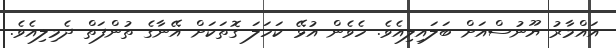
އައްމާރު ޔޫނުސްއަށް ބަލައިލިއެވެ. ހެވެން އުޅޭ ކަހަލަ ގޮތަކަށް އޭނާގެ ތުންފަތް ދެމިލިއެވެ.